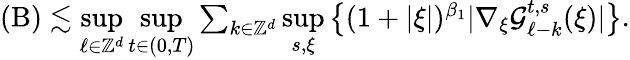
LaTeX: \begin{array}{r}{(\mathrm{B})\lesssim\underset{\ell\in\mathbb Z^{d}}{\operatorname*{sup}}\underset{t\in(0,T)}{\operatorname*{sup}}\sum_{k\in\mathbb Z^{d}}\underset{s,\xi}{\operatorname*{sup}}\big\lbrace(1+\vert\xi\vert)^{\beta_{1}}\vert\nabla_{\xi}\mathcal{G}_{\ell-k}^{t,s}(\xi)\vert\big\rbrace.}\end{array}